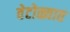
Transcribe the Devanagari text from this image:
वेटोळ्यात